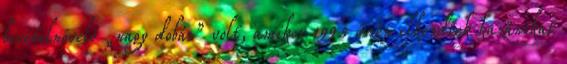
bevételnövelő „nagy dobás” volt, amikor 1995 őszén elkezdtek kazánokat